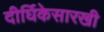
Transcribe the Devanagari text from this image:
दीर्घिकेसारखी